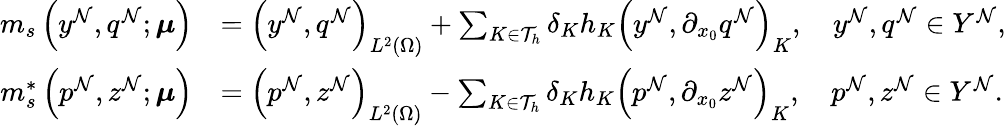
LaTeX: \begin{array}{rl}{m_{s}\left(y^{\mathcal{N}},q^{\mathcal{N}};\boldsymbol{\mu}\right)}&{=\left(y^{\mathcal{N}},q^{\mathcal{N}}\right)_{L^{2}(\Omega)}+\sum_{K\in\mathcal{T}_{h}}\delta_{K}h_{K}\left(y^{\mathcal{N}},\partial_{x_{0}}q^{\mathcal{N}}\right)_{K},\quad y^{\mathcal{N}},q^{\mathcal{N}}\in Y^{\mathcal{N}},}\\ {m_{s}^{*}\left(p^{\mathcal{N}},z^{\mathcal{N}};\boldsymbol{\mu}\right)}&{=\left(p^{\mathcal{N}},z^{\mathcal{N}}\right)_{L^{2}(\Omega)}-\sum_{K\in\mathcal{T}_{h}}\delta_{K}h_{K}\left(p^{\mathcal{N}},\partial_{x_{0}}z^{\mathcal{N}}\right)_{K},\quad p^{\mathcal{N}},z^{\mathcal{N}}\in Y^{\mathcal{N}}.}\end{array}